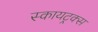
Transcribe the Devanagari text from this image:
स्कायट्रक्स